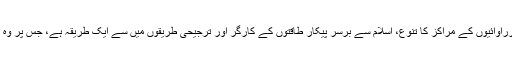
محاذوں کی تکثیر اور جنگی کارراوائیوں کے مراکز کا تنوع، اِسلام سے برسرِ پیکار طاقتوں کے کارگر اور ترجیحی طریقوں میں سے ایک طریقہ ہے، جس پر وہ ماضی میں بھی کاربند رہی ہیں۔